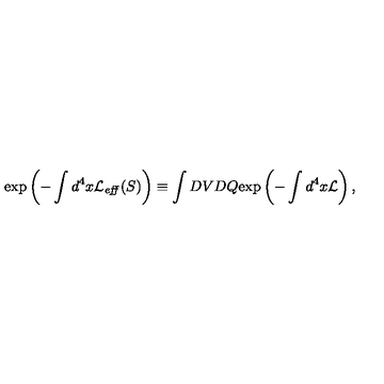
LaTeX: \exp \left( - \int d ^ { 4 } x { \cal L } _ { \it e f f } ( S ) \right) \equiv \int D V D Q \mathrm { e x p } \left( - \int d ^ { 4 } x { \cal L } \right) ,